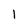
Character: 1